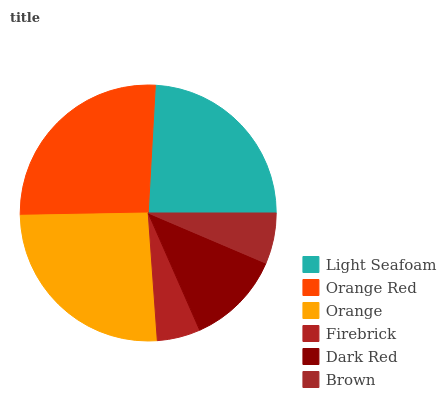
| Light Seafoam | Orange Red | Orange | Firebrick | Dark Red | Brown |
 | --- | --- | --- | --- | --- | --- |
 | 24.2% | 26.1% | 25.8% | 5.46% | 12% | 6.42% |